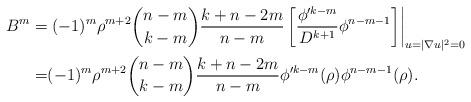
LaTeX: \begin{align*}\begin{aligned}B^m=&\left.(-1)^m\rho^{m+2}{n-m \choose k-m}\dfrac{k+n-2m}{n-m} \left[\frac{\phi'^{k-m}}{D^{k+1}}\phi^{n-m-1}\right]\right|_{u=|\nabla u|^2=0}\\=&(-1)^m\rho^{m+2}{n-m \choose k-m}\dfrac{k+n-2m}{n-m} \phi'^{k-m}(\rho)\phi^{n-m-1}(\rho).\end{aligned}\end{align*}